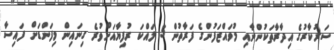
ސަރުކާރުގެ އިދާރާތަކުންނާއި މުވައްޒަފުންގެ ފަރާތުން 5 ލައްކަ ރުފިޔާއަށްވުރެ ގިނައިން މިފަންޑަށް ފައިސާ